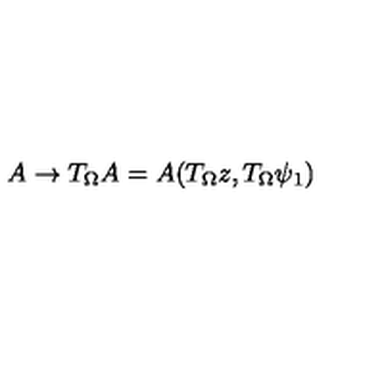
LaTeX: A \rightarrow T _ { \Omega } A = A ( T _ { \Omega } z , T _ { \Omega } \psi _ { 1 } )